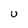
Character: U